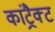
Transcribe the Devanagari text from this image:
कांट्रैक्ट